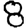
Digit: 8